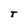
Character: T